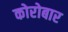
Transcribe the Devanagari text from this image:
कोरोबार